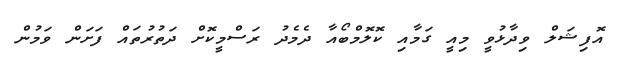
އޮފިޝަލް ވިދާޅުވީ މިއީ ގަމާއި ކޮލޮމްބޯއާ ދެމެދު ރަސްމީކޮށް ދަތުރުތައް ފަށަން ވަމުން